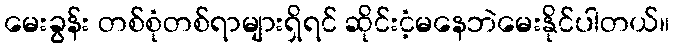
မေးခွန်း တစ်စုံတစ်ရာများရှိရင် ဆိုင်းငံ့မနေဘဲမေးနိုင်ပါတယ်။